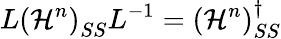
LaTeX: L\left(\mathcal{H}^{n}\right)_{SS}L^{-1}=\left(\mathcal{H}^{n}\right)_{SS}^{\dagger}